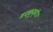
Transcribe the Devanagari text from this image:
मदकूद्वीप